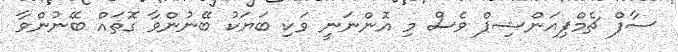
ސާފް ޗެމްޕިއަންޝިޕް ވެސް މި އޮންނަނީ ވަކި ބަޔަކު ބޭނުންވާ ގޮތައް ބޭނުންވާ